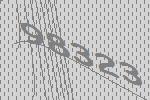
98323